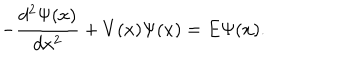
LaTeX: - \frac { d ^ { 2 } \Psi ( x ) } { d x ^ { 2 } } + V ( x ) \Psi ( x ) = E \Psi ( x ) .